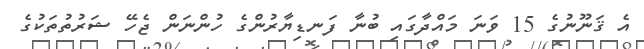
އެ ޤަނޫނުގެ 15 ވަނަ މައްދާގައި ބުނާ ފަނޑިޔާރުންގެ ހުންނަން ޖެހޭ ޝަރުތުތަކުގެ